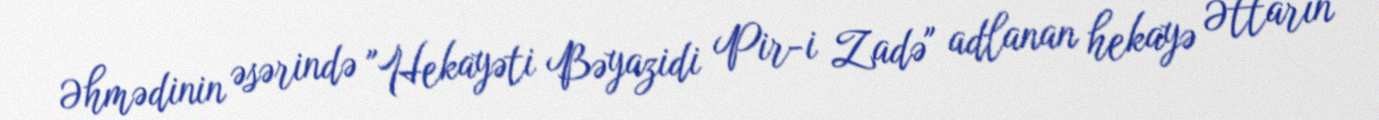
Əhmədinin əsərində "Hekayəti Bəyazidi Pir-i Zadə" adlanan hekayə Əttarın